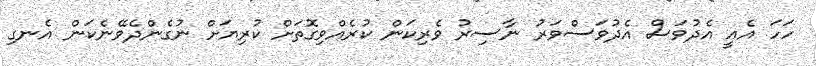
ހަހަ އެއީ އެދުވަސް އެދުވަސްވަރު ނާސިރު ވެރިކަން ކުރެއްވިގޮތަށް ކުރިޔަށް ނުގެންދެވޭނެކަން އެނގި